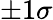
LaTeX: \pm 1\sigma